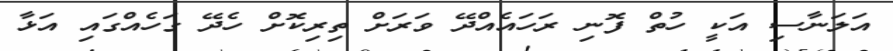
އަލަނާސި އަކީ ހުތް ފޮނި ރަހައެއްދޭ ވަރަށް ތިރިކޮށް ހެދޭ ގަހެއްގައި އަޅާ